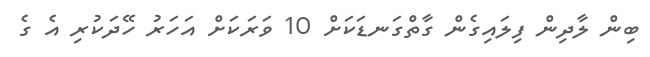
ބިން ލާދިން ފިލައިގެން ގާތްގަނޑަކަށް 10 ވަރަކަށް އަހަރު ހޭދަކުރި އެ ގެ